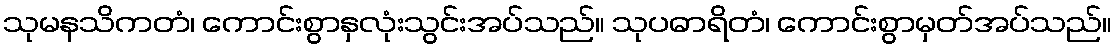
သုမနသိကတံ၊ ကောင်းစွာနှလုံးသွင်းအပ်သည်။ သုပဓာရိတံ၊ ကောင်းစွာမှတ်အပ်သည်။